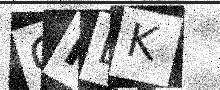
Text: GILK